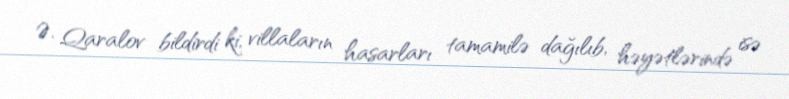
Ə. Qaralov bildirdi ki, villaların hasarları tamamilə dağılıb, həyətlərində isə